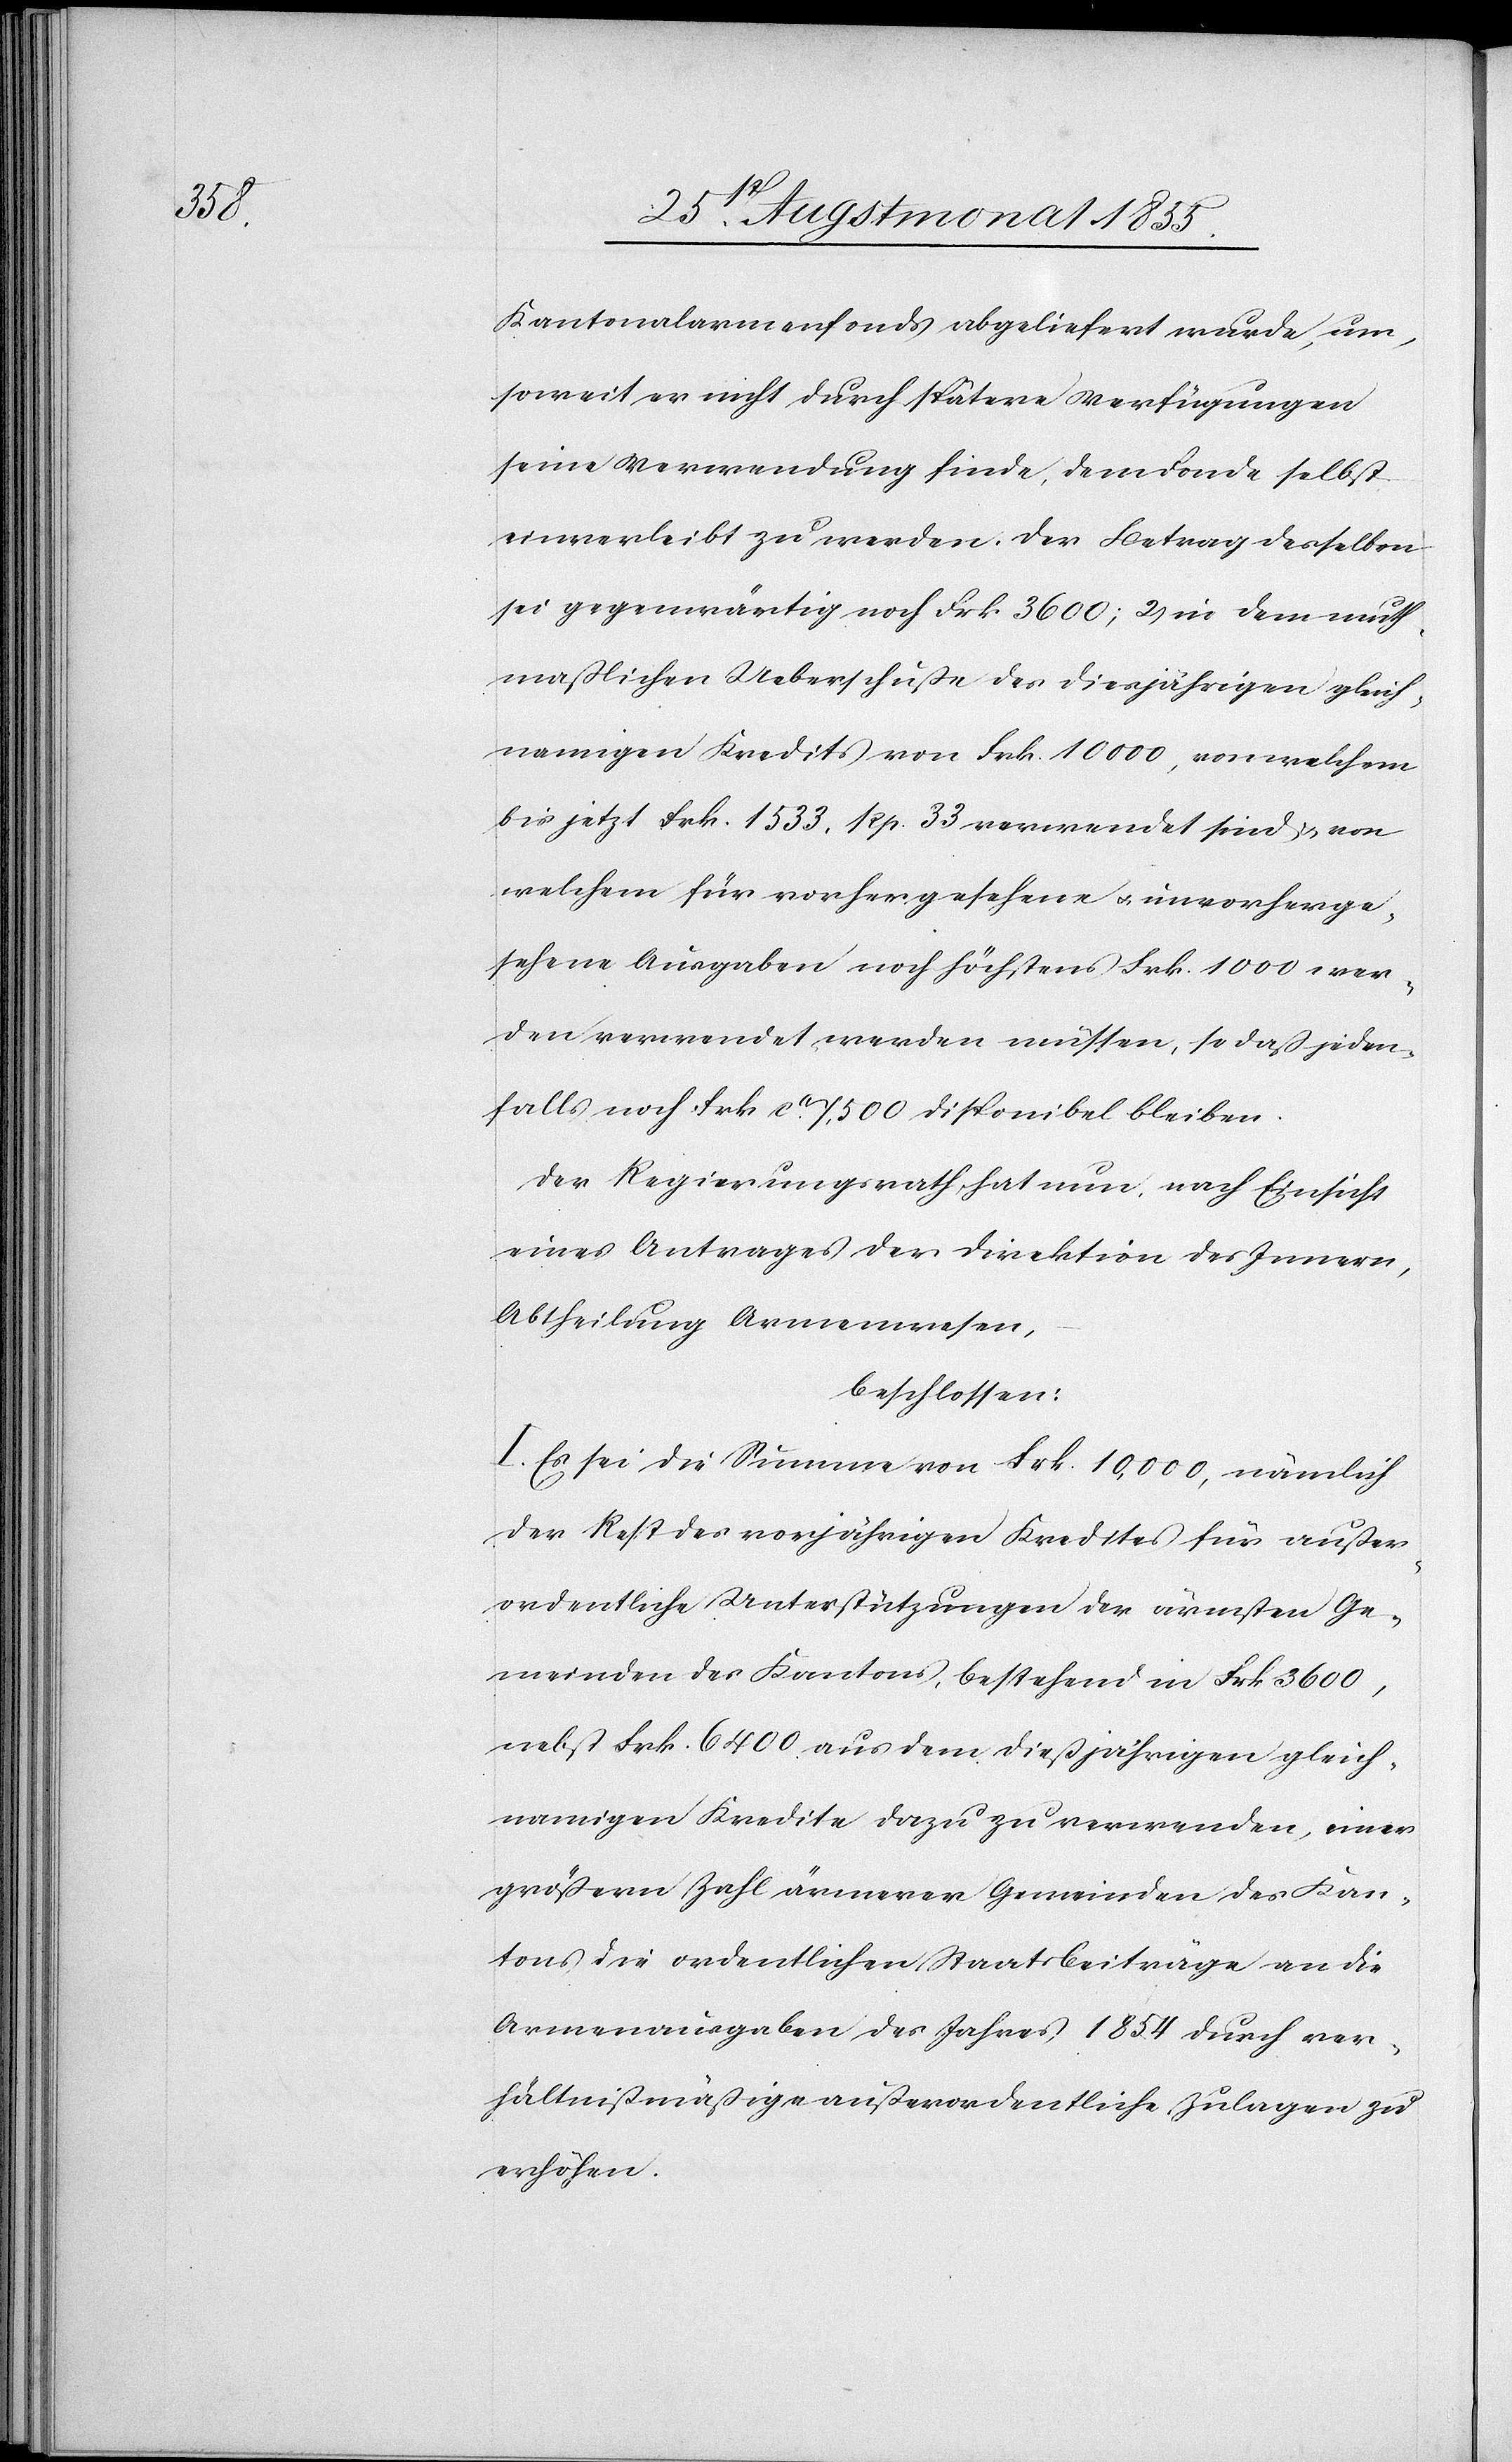
Kantonalarmenfonds abgeliefert wurde, um,
soweit er nicht durch spätere Verfügungen
seine Verwendung finde, dem Fonde selbst
einverleibt zu werden. Der Betrag desselben
sei gegenwärtig noch Frk. 3600; 2) in dem muth¬
maßlichen Ueberschuße des diesjährigen gleich¬
namigen Kredits von Frk. 10 000, von welchem
bis jetzt Frk. 1533. Rp. 33 verwendet sind & von
welchem für vorhergesehene & unvorherge¬
sehene Ausgaben noch höchstens Frk. 1000 wer¬
den verwendet werden müssen, so daß jeden¬
falls noch Frk. ca. 7,500 disponibel bleiben.
Der Regierungsrath hat nun, nach Einsicht
eines Antrages der Direktion des Innern,
Abtheilung Armenwesen,
beschlossen:
I. Es sei die Summe von Frk. 10,000, nämlich
der Rest des vorjährigen Kredites für außer¬
ordentliche Unterstützungen der ärmsten Ge¬
meinden des Kantons, bestehend in Frk 3600,
nebst Frk. 6400. aus dem dießjährigen gleich¬
namigen Kredite dazu zu verwenden, einer
größern Zahl ärmerer Gemeinden des Kan¬
tons die ordentlichen Staatsbeiträge an die
Armenausgaben des Jahres 1854 durch ver¬
hältnißmäßige außerordentliche Zulagen zu
erhöhen.